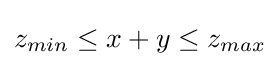
z_{min}\leq x+y\leq z_{max}